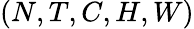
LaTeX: (N,T,C,H,W)